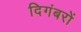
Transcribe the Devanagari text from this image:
दिगंबरों